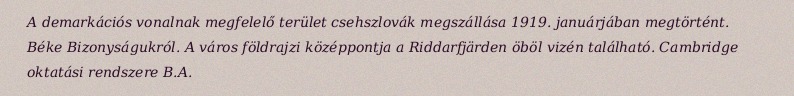
A demarkációs vonalnak megfelelő terület csehszlovák megszállása 1919. januárjában megtörtént. Béke Bizonyságukról. A város földrajzi középpontja a Riddarfjärden öböl vizén található. Cambridge oktatási rendszere B.A.